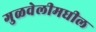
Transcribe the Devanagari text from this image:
गुळवेलीमधील